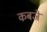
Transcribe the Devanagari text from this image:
कबजे